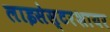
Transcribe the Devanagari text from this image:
लाइसेस्टरशायर